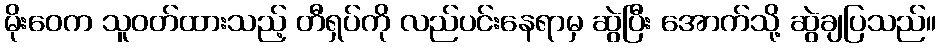
မိုးဝေက သူဝတ်ထားသည့် တီရှပ်ကို လည်ပင်းနေရာမှ ဆွဲပြီး အောက်သို့ ဆွဲချပြသည်။